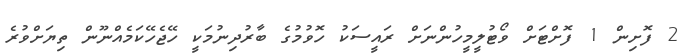
2 ފޮށިން 1 ފޮށްޓަށް ވޯޓުލީމީހުންނަށް ރައީސަކު ހޮވުމުގެ ބާރުދިނުމަކީ ހޭޖެހޭކަމެއްނޫން ތިޔަށްވުރެ